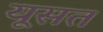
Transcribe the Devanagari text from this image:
यूसत